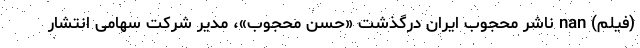
(فیلم) nan ناشر محجوب ایران درگذشت «حسن محجوب»، مدیر شرکت سهامی انتشار